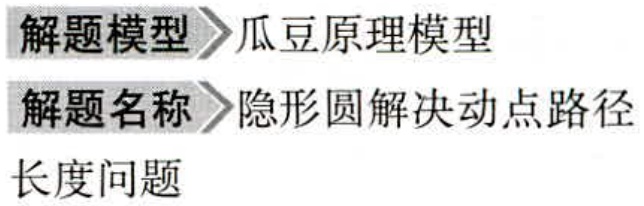
\begin{enumerate}

\item 解题模型$\rhd$瓜豆原理模型

\item 解题名称$\rhd$隐形圆解决动点路径长度问题

\end{enumerate}